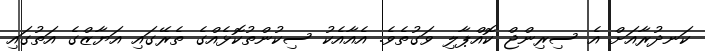
ކަނދުރާއަށް އެ ސިރިންޖް ކޮއްޕާލި ވަގުތެވެ. އެއާއެކު ސިކުންތުކޮޅެއްގެ ތެރޭގައި އަޔާޒްގެ އަތުގައި